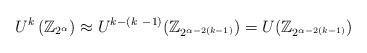
LaTeX: \begin{align*}U^{k}\left( \mathbb{Z}_{2^{\alpha}}\right) \approx U^{k-\left( k~-1\right)}(\mathbb{Z}_{2^{\alpha-2\left( k-1\right) }})=U(\mathbb{Z}_{2^{\alpha-2\left( k-1\right) }}) \end{align*}